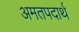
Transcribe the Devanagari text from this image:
अमतपदार्थ